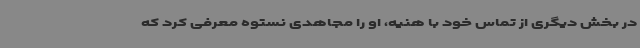
در بخش دیگری از تماس خود با هنیه، او را مجاهدی نستوه معرفی کرد که